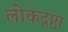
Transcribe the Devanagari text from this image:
लोकद्रष्टा